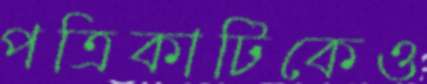
পত্রিকাটিকেও